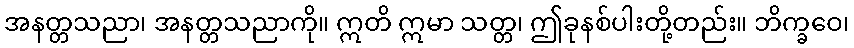
အနတ္တသညာ၊ အနတ္တသညာကို။ ဣတိ ဣမာ သတ္တ၊ ဤခုနစ်ပါးတို့တည်း။ ဘိက္ခဝေ၊